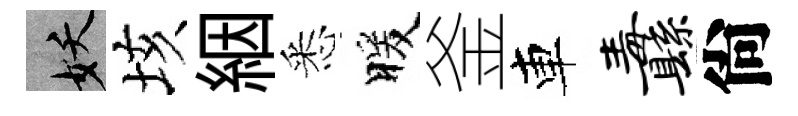
妖垓絪悉暖釜車纛尙